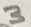
Text: 3